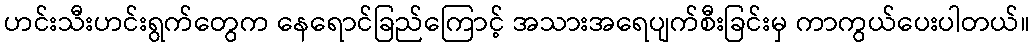
ဟင်းသီးဟင်းရွက်တွေက နေရောင်ခြည်ကြောင့် အသားအရေပျက်စီးခြင်းမှ ကာကွယ်ပေးပါတယ်။